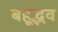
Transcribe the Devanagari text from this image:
बहूद्भव